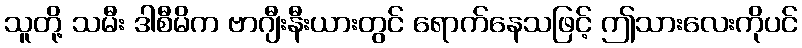
သူတို့ သမီး ဒါစီမိက ဗာဂျီးနီးယားတွင် ရောက်နေသဖြင့် ဤသားလေးကိုပင်